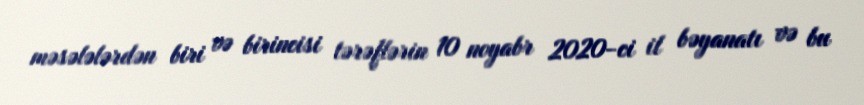
məsələlərdən biri və birincisi tərəflərin 10 noyabr 2020-ci il bəyanatı və bu